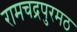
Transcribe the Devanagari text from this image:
रामचद्रपुरमठ